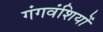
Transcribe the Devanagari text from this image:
गंगवंशियों